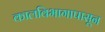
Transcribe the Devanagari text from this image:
कालविभागापासून